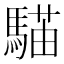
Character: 𩤱